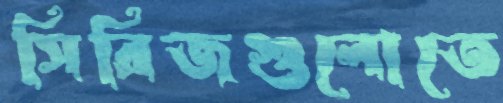
সিরিজগুলোতে